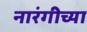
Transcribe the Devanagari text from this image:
नारंगीच्या